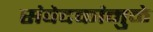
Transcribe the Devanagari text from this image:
संवेदकांमुळे